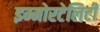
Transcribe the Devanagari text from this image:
इम्मोरटेलिटी